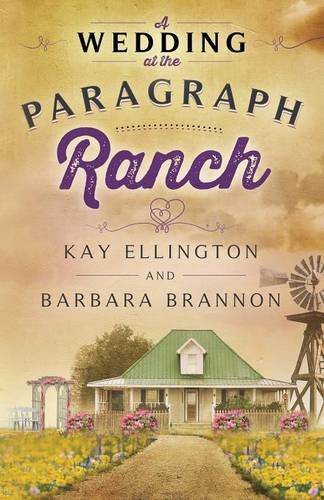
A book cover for A Wedding At The Paragraph Ranch (The Paragraph Ranch Series) (Volume 2); Kay Ellington; Romance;